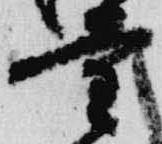
量